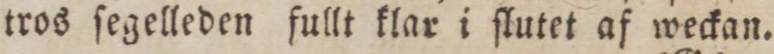
tros ſegelleden fullt klar i ſlutet af weckan.